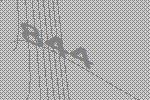
844